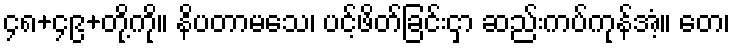
၄၈+၄၉+တို့ကို။ နိပတာမသေ၊ ပင့်ဖိတ်ခြင်းငှာ ဆည်းကပ်ကုန်အံ့။ တေ၊